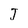
Character: J